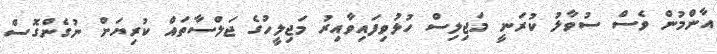
އާންމުން ވެސް ސުވާލު ކުރަނީ މަޖިލިސް ހުޅުވިފައިވާއިރު މަޖިލީހުގެ ޖަލްސާތައް ކުރިޔަށް ނުގެންގޮސް